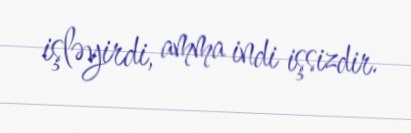
işləyirdi, amma indi işsizdir.